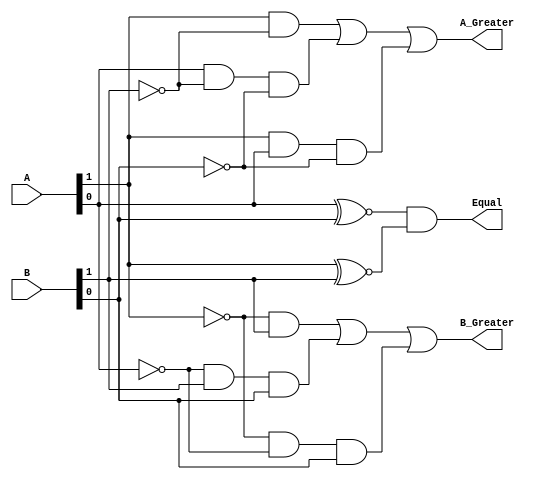
// SM : Task 1 A : Combinational Circuit
/*
Instructions
-------------------
Students are not allowed to make any changes in the Module declaration.
This file is used to design 2 bit comparator.

Recommended Quartus Version : 19.1
The submitted project file must be 19.1 compatible as the evaluation will be done on Quartus Prime Lite 19.1.

Warning: The error due to compatibility will not be entertained.
			Do not make any changes to Test_Bench_Vector.txt file. Violating will result into Disqualification.
-------------------
*/

//2 bit comparator design
//Inputs  : A and B (2 bit)
//Outputs : A_Greater (A>B), Equal (A=B), B_Greater (A<B)

//////////////////DO NOT MAKE ANY CHANGES IN MODULE//////////////////
module Two_Bit_Comparator(
	input		[1:0]A,           //2-bit INPUT A
	input		[1:0]B,				//2-bit INPUT B				
	output	A_Greater,			//OUTPUT BIT A>B
	output	Equal,				//OUTPUT BIT A=B
	output	B_Greater			//OUTPUT BIT A<B
);

////////////////////////WRITE YOUR CODE FROM HERE////////////////////
 
	assign A_Greater = (A[1]&!B[1]) | (A[0]&!B[1]&!B[0]) | (A[1]&A[0]&!B[0]);
	assign Equal = (A[0] ^~ B[0]) & (A[1] ^~ B[1]);
	assign B_Greater = (!A[1]&B[1]) | (!A[0]&B[1]&B[0]) | (!A[1]&!A[0]&B[0]);
	
////////////////////////YOUR CODE ENDS HERE//////////////////////////
endmodule
///////////////////////////////MODULE ENDS///////////////////////////